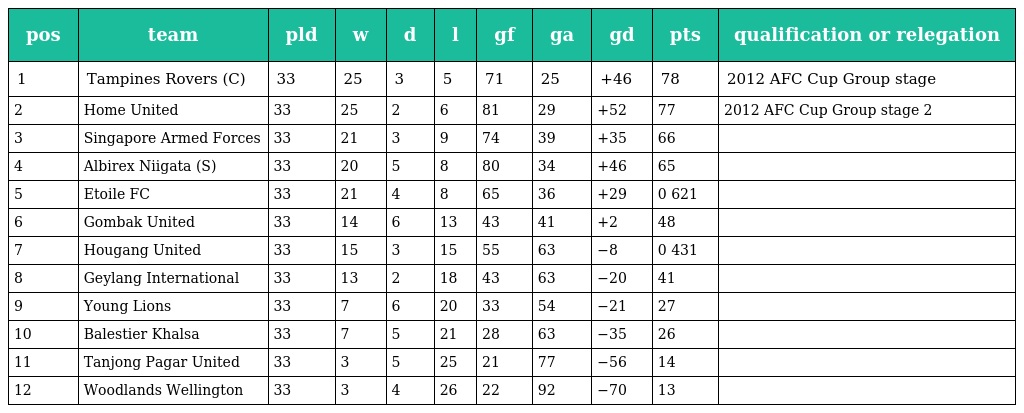
| pos | team | pld | w | d | l | gf | ga | gd | pts | qualification or relegation |
 | --- | --- | --- | --- | --- | --- | --- | --- | --- | --- | --- |
 | 1 | Tampines Rovers (C) | 33 | 25 | 3 | 5 | 71 | 25 | +46 | 78 | 2012 AFC Cup Group stage |
 | 2 | Home United | 33 | 25 | 2 | 6 | 81 | 29 | +52 | 77 | 2012 AFC Cup Group stage 2 |
 | 3 | Singapore Armed Forces | 33 | 21 | 3 | 9 | 74 | 39 | +35 | 66 |  |
 | 4 | Albirex Niigata (S) | 33 | 20 | 5 | 8 | 80 | 34 | +46 | 65 |  |
 | 5 | Etoile FC | 33 | 21 | 4 | 8 | 65 | 36 | +29 | 0 621 |  |
 | 6 | Gombak United | 33 | 14 | 6 | 13 | 43 | 41 | +2 | 48 |  |
 | 7 | Hougang United | 33 | 15 | 3 | 15 | 55 | 63 | −8 | 0 431 |  |
 | 8 | Geylang International | 33 | 13 | 2 | 18 | 43 | 63 | −20 | 41 |  |
 | 9 | Young Lions | 33 | 7 | 6 | 20 | 33 | 54 | −21 | 27 |  |
 | 10 | Balestier Khalsa | 33 | 7 | 5 | 21 | 28 | 63 | −35 | 26 |  |
 | 11 | Tanjong Pagar United | 33 | 3 | 5 | 25 | 21 | 77 | −56 | 14 |  |
 | 12 | Woodlands Wellington | 33 | 3 | 4 | 26 | 22 | 92 | −70 | 13 |  |